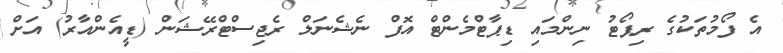
އެ ފޯމުތަކުގެ ރިޕޯޓު ނިންމައި ޑިޕާޓްމެންޓް އޮފް ނެޝެނަލް ރެޖިސްޓްރޭޝަން (ޑީއެންއާރު) އަށް